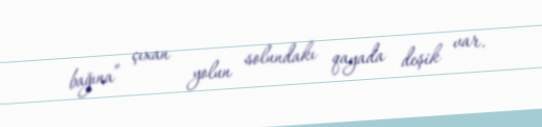
bağına” çıxan yolun solundakı qayada deşik var.